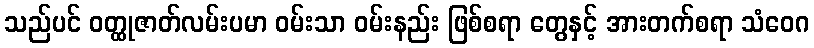
သည်ပင် ဝတ္ထုဇာတ်လမ်းပမာ ဝမ်းသာ ဝမ်းနည်း ဖြစ်စရာ တွေနှင့် အားတက်စရာ သံဝေဂ